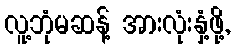
လူ့ဘုံမဆန့် အားလုံးနှံ့ဖို့,